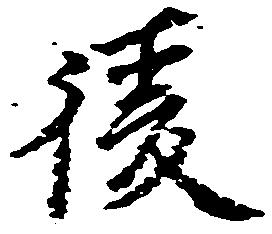
後